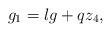
LaTeX: \begin{align*}g_1=l g+q z_4,\end{align*}